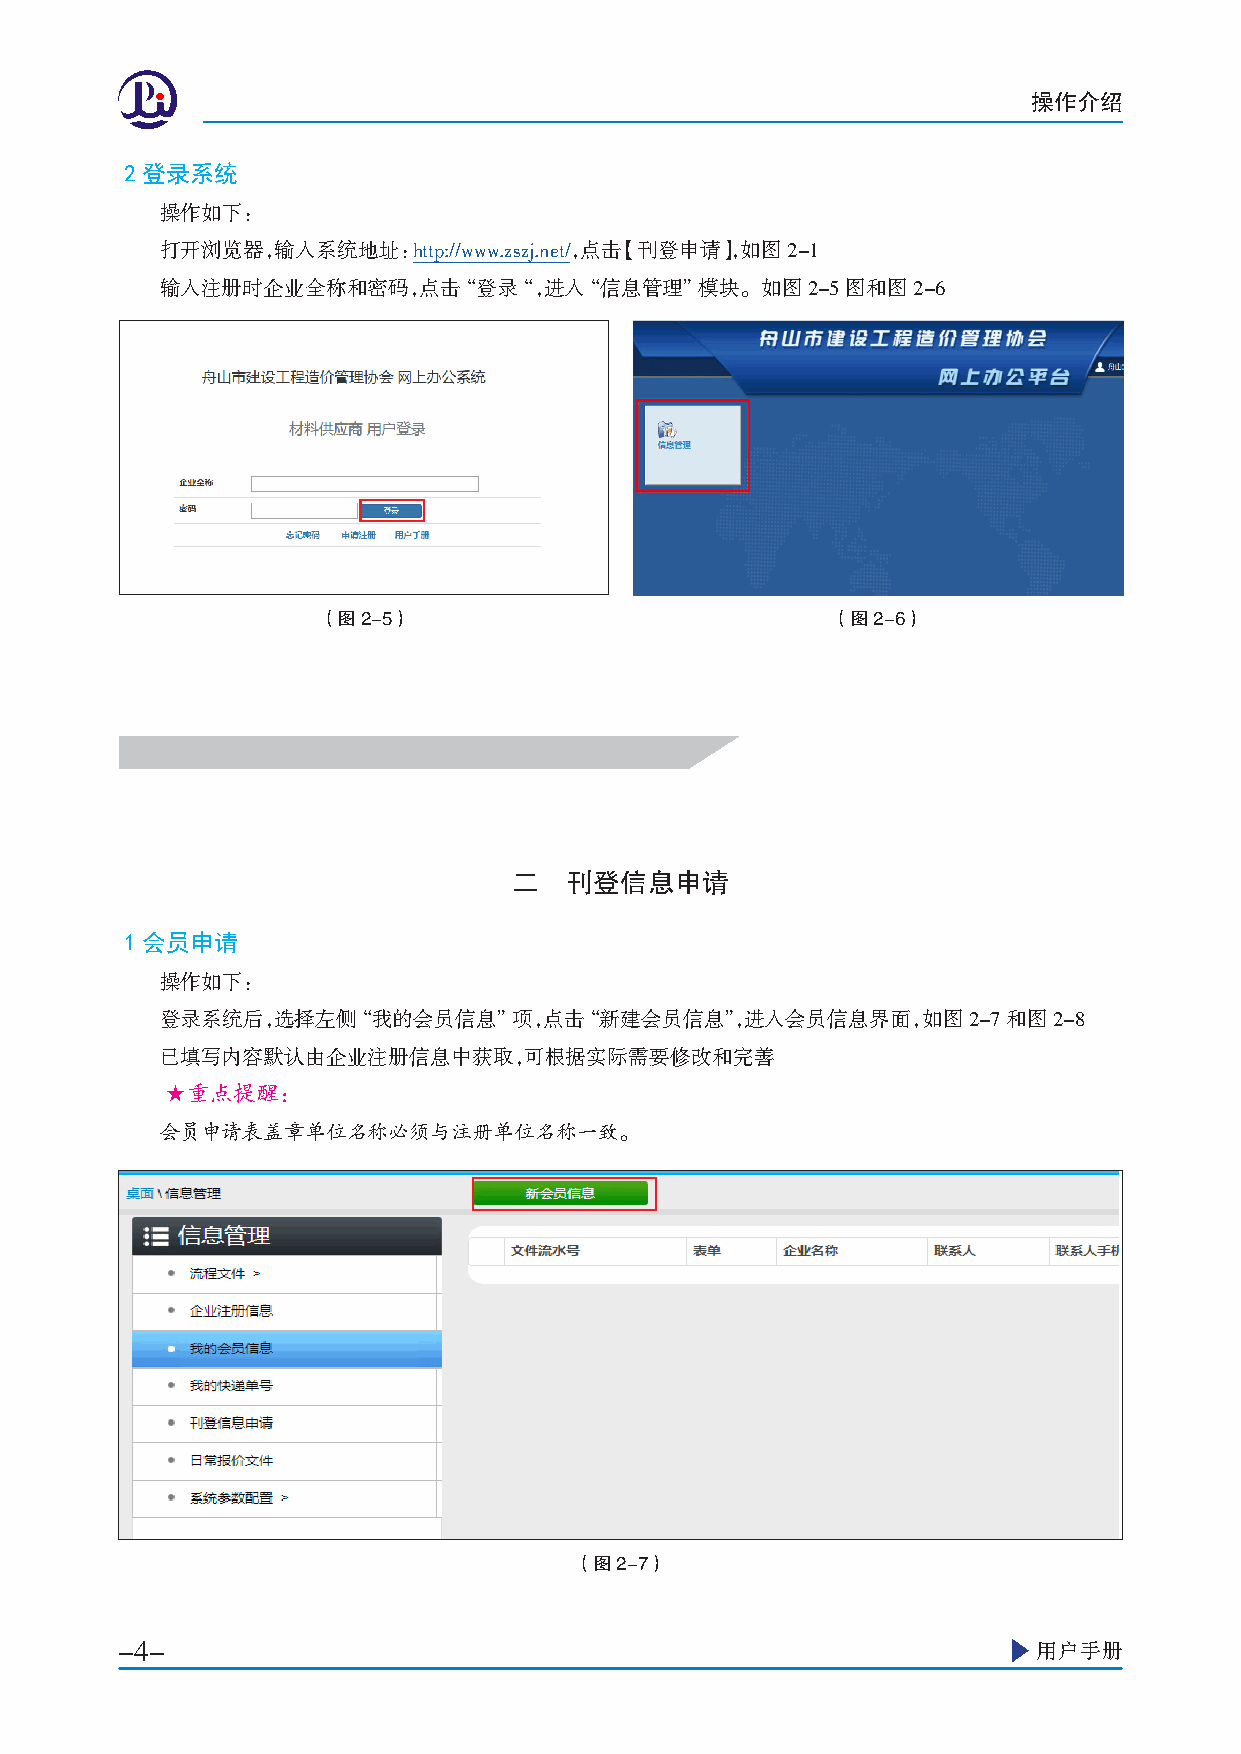
操作介绍
 2登录系统
 操作如下：
 打开浏览器，输入系统地址：http://www�zszj�net/，点击【刊登申请】，如图2-1
 输入注册时企业全称和密码，点击“登录“，进入“信息管理”模块。如图2-5图和图2-6
 （图2-5）                            （图2-6）
 二  刊登信息申请
 1会员申请
 操作如下：
 登录系统后，选择左侧“我的会员信息”项，点击“      新建会员信息”，进入会员信息界面，如图2-7和图2-8
 已填写内容默认由企业注册信息中获取，可根据实际需要修改和完善
 ★重点提醒：
 会员申请表盖章单位名称必须与注册单位名称一致。
 （图2-7）
 -4-                                                          用户手册